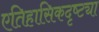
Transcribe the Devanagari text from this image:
एतिहासिकदृष्ट्या